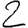
Digit: 2